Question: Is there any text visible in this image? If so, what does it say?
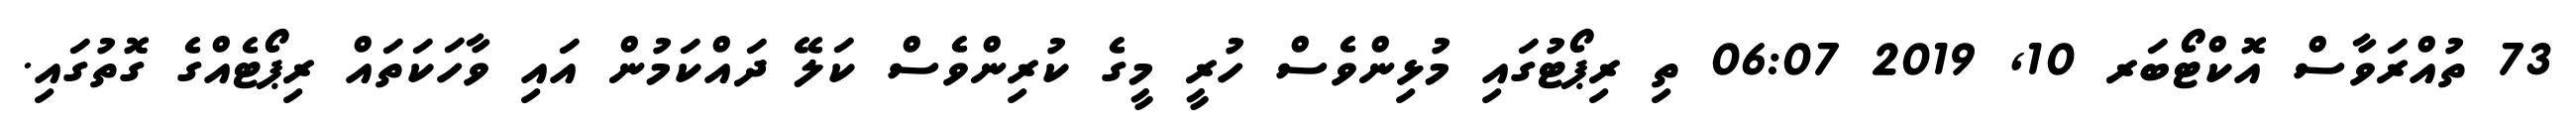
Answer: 73 ތުއްރަވާސް އޮކްޓޯބަރ 10, 2019 06:07 ތި ރިޕޯޓުގައި މުޅިންވެސް ހުރީ މީގެ ކުރިންވެސް ކަލޭ ދައްކަމުން އައި ވާހަކަތައް ރިޕޯޓެއްގެ ގޮތުގައި.